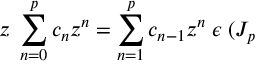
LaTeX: z \; \sum _ { n = 0 } ^ { p } c _ { n } z ^ { n } = \sum _ { n = 1 } ^ { p } c _ { n - 1 } z ^ { n } \; \epsilon \; ( { \cal J } _ { p }